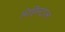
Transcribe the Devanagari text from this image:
मिहिनटाल